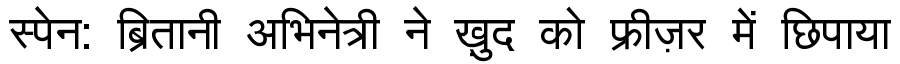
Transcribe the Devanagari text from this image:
स्पेन: ब्रितानी अभिनेत्री ने ख़ुद को फ्रीज़र में छिपाया